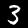
Digit: 3